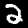
Digit: 2